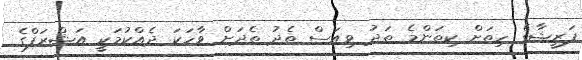
ފަރީޝާގެ ހިތަށް ކިތަންމެ ތަދު ވިއަސް ތެދު ތެދަށް ވާހަކަ ދެއްކުމަކީ އަޝްރަފްގެ